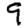
Digit: 9